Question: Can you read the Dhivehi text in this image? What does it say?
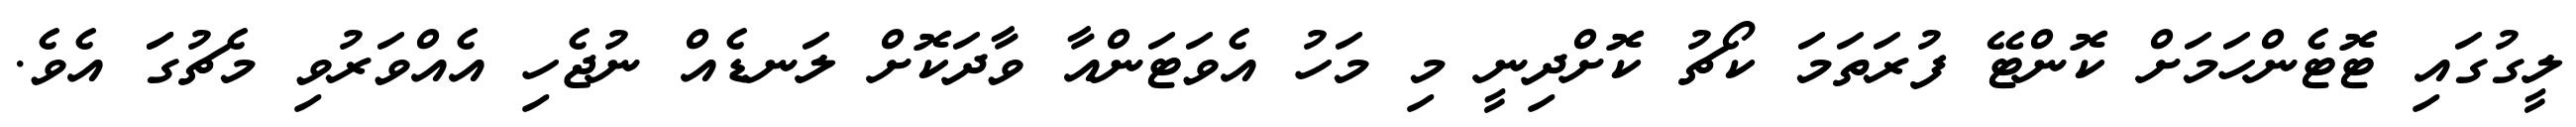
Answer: ލީގުގައި ޓޮޓެންހަމަށް ކޮންޓޭ ފުރަތަމަ ކޯޗު ކޮށްދިނީ މި މަހު އެވަޓަންއާ ވާދަކޮށް ލަނޑެއް ނުޖެހި އެއްވަރުވި މެޗުގަަ އެވެ.